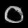
Digit: ၀